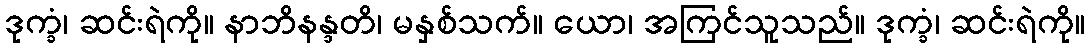
ဒုက္ခံ၊ ဆင်းရဲကို။ နာဘိနန္ဒတိ၊ မနှစ်သက်။ ယော၊ အကြင်သူသည်။ ဒုက္ခံ၊ ဆင်းရဲကို။